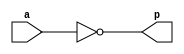
`timescale 1ns / 1ps
//////////////////////////////////////////////////////////////////////////////////
// Company: 
// Engineer: 
// 
// Design Name: 
// Module Name:    not1 
// Project Name: 
// Target Devices: 
// Tool versions: 
// Description: 
//
// Dependencies: 
//
// Revision: 
// Revision 0.01 - File Created
// Additional Comments: 
//
//////////////////////////////////////////////////////////////////////////////////
module not1(
    input a,
    output p
    );
	 assign p=~a;


endmodule